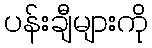
ပန်းချီများကို